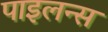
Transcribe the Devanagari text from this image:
पाइलन्स